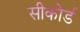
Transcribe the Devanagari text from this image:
सीकोर्ड